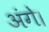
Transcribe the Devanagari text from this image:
अंगे।